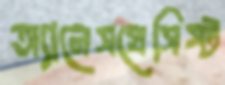
অ্যানেসথেসিস্ট